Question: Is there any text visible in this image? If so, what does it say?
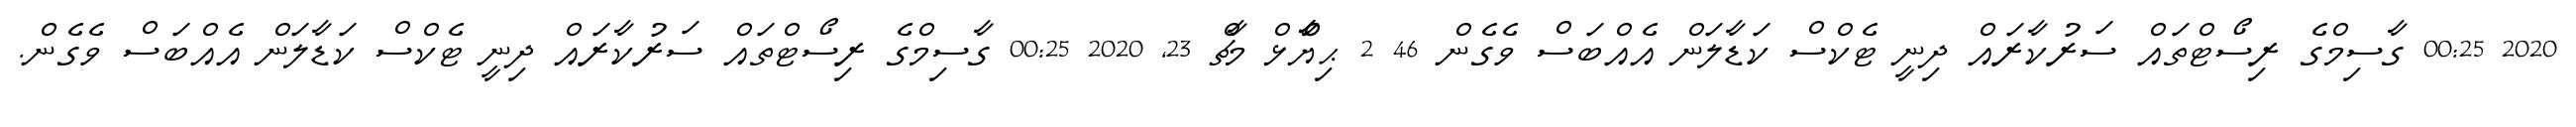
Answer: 2020 00:25 ގާސިމްގެ ރިސޯޓްތައް ސަރުކާރައް ދިނީ ޓެކްސް ކަޑާލަން އެއްބަސް ވެގެން 46 2 ޙިޔާާްްޅް މާޗް 23, 2020 00:25 ގާސިމްގެ ރިސޯޓްތައް ސަރުކާރައް ދިނީ ޓެކްސް ކަޑާލަން އެއްބަސް ވެގެން.